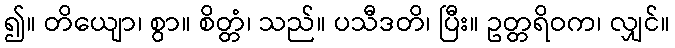
၍။ တိယျော၊ စွာ။ စိတ္တံ၊ သည်။ ပသီဒတိ၊ ပြီး။ ဥတ္တရိဝက၊ လျှင်။